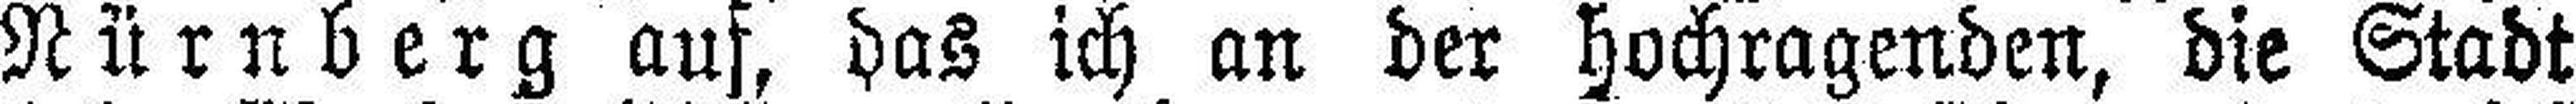
Nürnberg auf, das ich an der hochragenden, die Stadt